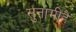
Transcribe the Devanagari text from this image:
सुनामीहै